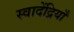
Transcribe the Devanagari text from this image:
स्वादेंद्रियाँ